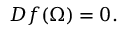
D f ( \Omega ) = 0 .